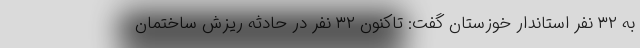
به ۳۲ نفر استاندار خوزستان گفت: تاکنون ۳۲ نفر در حادثه ریزش ساختمان